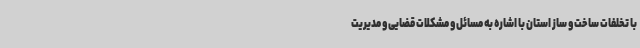
با تخلفات ساخت و ساز استان با اشاره به مسائل و مشکلات قضایی و مدیریت